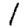
Digit: 1